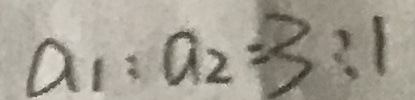
a _ { 1 } : a _ { 2 } = 3 : 1